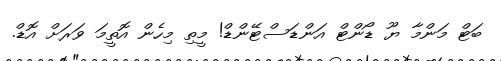
ބަޓް މަންމާ ޔޫ ޑޯންޓް އަންޑަސްޓޭންޑް! މީތި މިހެން އޮތީމަ ވަރަށް އޮޑް.